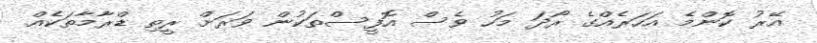
އޭރު ކޮންމެ އަހަރެއްގެ ރޯދަ މަހު ވެސް އޮފީސްތަކުން ވަރަށް ރީތި ޑްރާމާތަކެއް